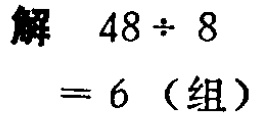
解 \(48\div 8 = 6\)（组）